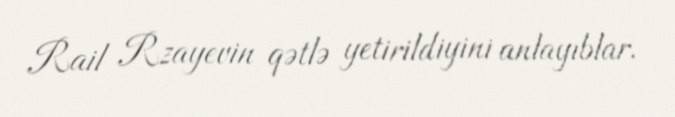
Rail Rzayevin qətlə yetirildiyini anlayıblar.